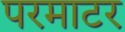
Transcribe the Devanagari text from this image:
परमाटर